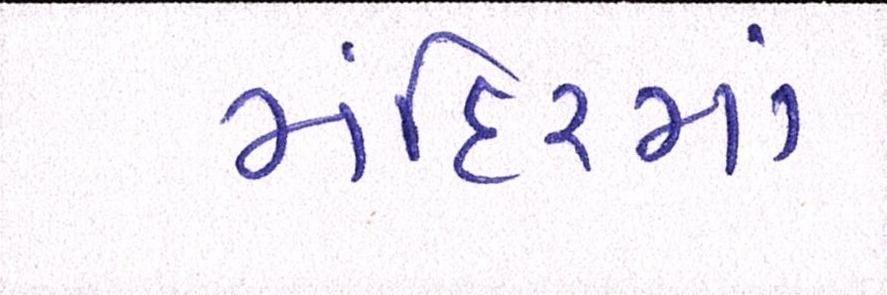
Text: મંદિરમાં